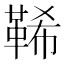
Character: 𩊽